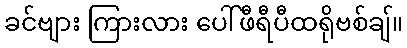
ခင်ဗျား ကြားလား ပေါ်ဖီရီပီထရိုဗစ်ချ်။